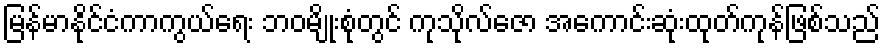
မြန်မာနိုင်ငံကာကွယ်ရေး ဘဝမျိုးစုံတွင် ကုသိုလ်ဇော အကောင်းဆုံးထုတ်ကုန်ဖြစ်သည်